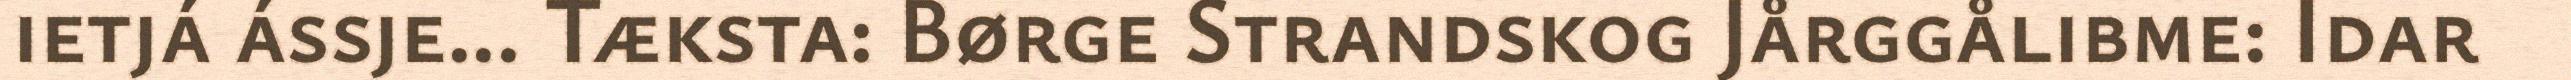
ietjá ássje... Tæksta: Børge Strandskog Jårggålibme: Idar